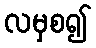
လမှစ၍